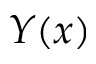
Y ( x )